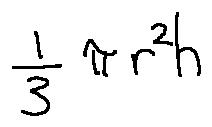
\frac { 1 } { 3 } \pi r ^ { 2 } h